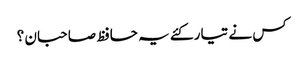
کس نے تیار کئے یہ حافظ صاحبان ؟